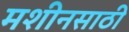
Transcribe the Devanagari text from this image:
मशीनसाठी